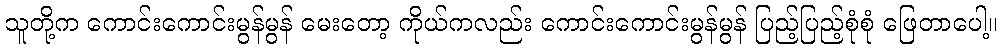
သူတို့က ကောင်းကောင်းမွန်မွန် မေးတော့ ကိုယ်ကလည်း ကောင်းကောင်းမွန်မွန် ပြည့်ပြည့်စုံစုံ ဖြေတာပေါ့။